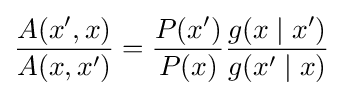
{\frac {A(x',x)}{A(x,x')}}={\frac {P(x')}{P(x)}}{\frac {g(x\mid x')}{g(x'\mid x)}}